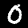
Digit: 0